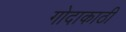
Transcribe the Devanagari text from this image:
गोदाकाठी